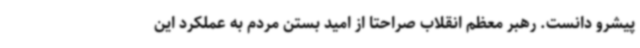
پیشرو دانست. رهبر معظم انقلاب صراحتا از امید بستن مردم به عملکرد این